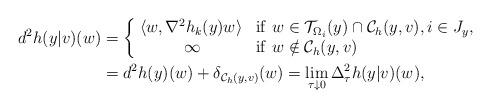
LaTeX: \begin{align*} d^2 h(y|v)(w) &=\left\{\begin{array}{cl} \!\langle w,\nabla^2 h_k(y)w\rangle & {\rm if}\ w\in\mathcal{T}_{\Omega_i}(y)\cap\mathcal{C}_{h}(y,v),i\in J_{y},\\ \infty & {\rm if}\ w\notin\mathcal{C}_{h}(y,v) \end{array}\right. \\ &=d^2 h(y)(w)+\delta_{\mathcal{C}_{h}(y,v)}(w)=\lim_{\tau\downarrow 0}\Delta_{\tau}^2h(y|v)(w), \end{align*}